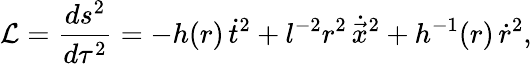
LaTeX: {\cal L}=\frac{ds^{2}}{d\tau^{2}}=-h(r)\, \dot{t}^{2}+l^{-2}r^{2}\, \dot{\vec{x}}^{2}+h^{-1}(r)\, \dot{r}^{2},